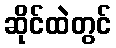
ဆိုင်ထဲတွင်